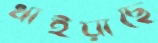
ধাইয়াছে